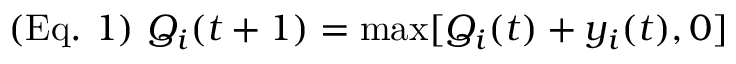
( { \mathrm { E q . ~ } } 1 ) { \mathrm { ~ } } Q _ { i } ( t + 1 ) = \operatorname* { m a x } [ Q _ { i } ( t ) + y _ { i } ( t ) , 0 ]